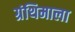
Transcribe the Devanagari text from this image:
ग्रंथिमाला